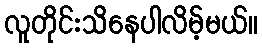
လူတိုင်းသိနေပါလိမ့်မယ်။